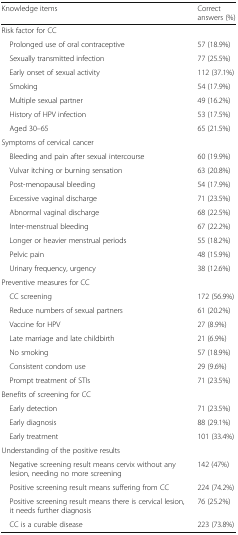
<table><thead><tr><td><b>Knowledge items</b></td><td><b>Correct answers (%)</b></td></tr></thead><tbody><tr><td colspan="2">Risk factor for CC</td></tr><tr><td> Prolonged use of oral contraceptive</td><td>57 (18.9%)</td></tr><tr><td> Sexually transmitted infection</td><td>77 (25.5%)</td></tr><tr><td> Early onset of sexual activity</td><td>112 (37.1%)</td></tr><tr><td> Smoking</td><td>54 (17.9%)</td></tr><tr><td> Multiple sexual partner</td><td>49 (16.2%)</td></tr><tr><td> History of HPV infection</td><td>53 (17.5%)</td></tr><tr><td> Aged 30–65</td><td>65 (21.5%)</td></tr><tr><td colspan="2">Symptoms of cervical cancer</td></tr><tr><td> Bleeding and pain after sexual intercourse</td><td>60 (19.9%)</td></tr><tr><td> Vulvar itching or burning sensation</td><td>63 (20.8%)</td></tr><tr><td> Post-menopausal bleeding</td><td>54 (17.9%)</td></tr><tr><td> Excessive vaginal discharge</td><td>71 (23.5%)</td></tr><tr><td> Abnormal vaginal discharge</td><td>68 (22.5%)</td></tr><tr><td> Inter-menstrual bleeding</td><td>67 (22.2%)</td></tr><tr><td> Longer or heavier menstrual periods</td><td>55 (18.2%)</td></tr><tr><td> Pelvic pain</td><td>48 (15.9%)</td></tr><tr><td> Urinary frequency, urgency</td><td>38 (12.6%)</td></tr><tr><td colspan="2">Preventive measures for CC</td></tr><tr><td> CC screening</td><td>172 (56.9%)</td></tr><tr><td> Reduce numbers of sexual partners</td><td>61 (20.2%)</td></tr><tr><td> Vaccine for HPV</td><td>27 (8.9%)</td></tr><tr><td> Late marriage and late childbirth</td><td>21 (6.9%)</td></tr><tr><td> No smoking</td><td>57 (18.9%)</td></tr><tr><td> Consistent condom use</td><td>29 (9.6%)</td></tr><tr><td> Prompt treatment of STIs</td><td>71 (23.5%)</td></tr><tr><td colspan="2">Benefits of screening for CC</td></tr><tr><td> Early detection</td><td>71 (23.5%)</td></tr><tr><td> Early diagnosis</td><td>88 (29.1%)</td></tr><tr><td> Early treatment</td><td>101 (33.4%)</td></tr><tr><td colspan="2">Understanding of the positive results</td></tr><tr><td> Negative screening result means cervix without any lesion, needing no more screening</td><td>142 (47%)</td></tr><tr><td> Positive screening result means suffering from CC</td><td>224 (74.2%)</td></tr><tr><td> Positive screening result means there is cervical lesion, it needs further diagnosis</td><td>76 (25.2%)</td></tr><tr><td> CC is a curable disease</td><td>223 (73.8%)</td></tr></tbody></table>